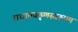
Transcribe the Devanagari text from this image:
राधामकृष्णस्वरूपम